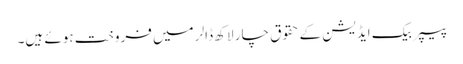
پیپر بیک ایڈیشن کے حقوق چار لاکھ ڈالر میں فروخت ہوئے ہیں۔